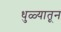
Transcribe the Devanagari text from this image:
धुळ्यातून